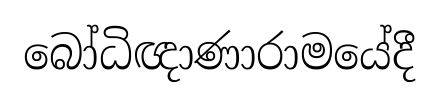
බෝධිඥාණාරාමයේදී